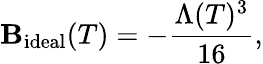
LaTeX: \mathbf{B}_{\mathrm{{ideal}}}(T)=-\frac{{\Lambda(T)^{3}}}{{16}},